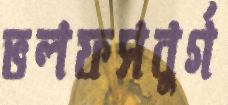
ভলফসবুর্গ